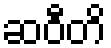
ဆဝီတိ